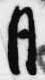
月